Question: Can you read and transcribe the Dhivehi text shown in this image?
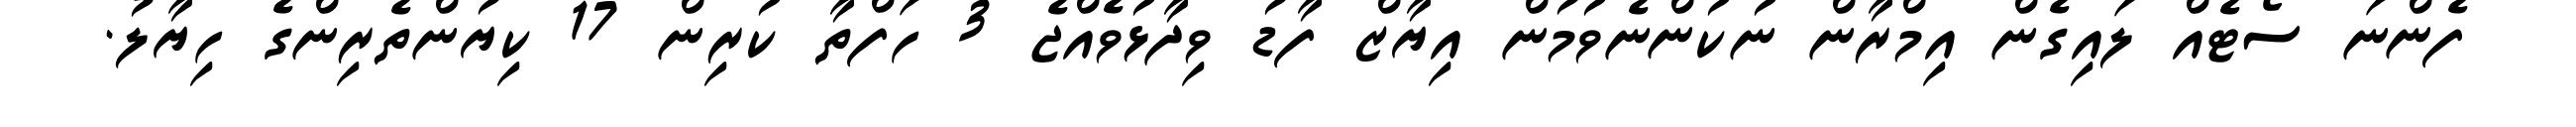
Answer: ފެންނަ ސޯޓެއް ލައިގެން އިމްރާން ނުކުންނެވުމުން އިޔާޒް ފާޑު ވިދާޅުވެއްޖެ 3 ހަފްތާ ކުރިން 17 ކިޔުންތެރިންގެ ހިޔާލު.